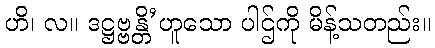
ဟိ၊ လ။ ဒဋ္ဌဗ္ဗန္တိ’ဟူသော ပါဌ်ကို မိန့်သတည်း။